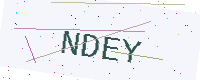
Text: NDEY